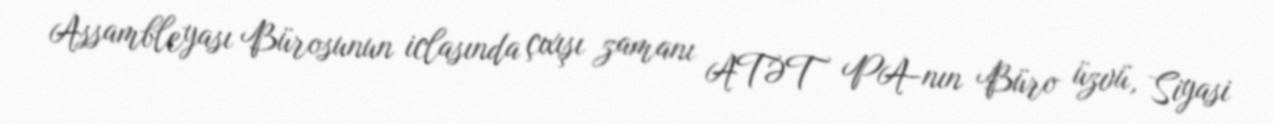
Assambleyası Bürosunun iclasında çıxışı zamanı ATƏT PA-nın Büro üzvü, Siyasi